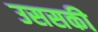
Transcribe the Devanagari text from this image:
उससकी